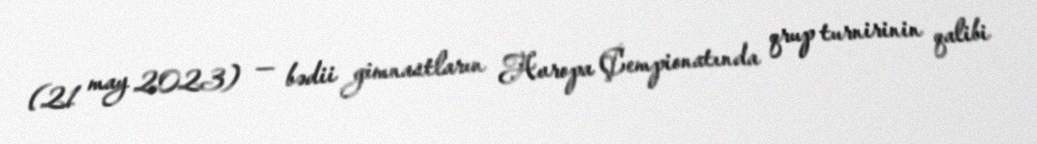
(21 may 2023) — bədii gimnastların Avropa Çempionatında qrup turnirinin qalibi